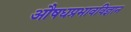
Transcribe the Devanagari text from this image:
औषधप्रभावविज्ञान